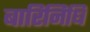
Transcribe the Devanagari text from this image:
बारिनिधि